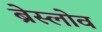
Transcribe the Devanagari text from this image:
ब्रेस्लोव